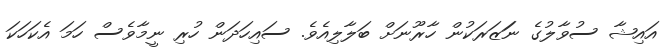
އައިޝާ ސުވާލުގެ ނަަޒަރަކުން ހާރޫނަށް ބަލާލިއެވެ. ސައިހަދަން ހުރި ނީމާވެސް ހަމަ އެކަހަކަ